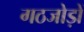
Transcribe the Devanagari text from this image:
गठजोड़ों